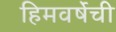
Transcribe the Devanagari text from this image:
हिमवर्षेची